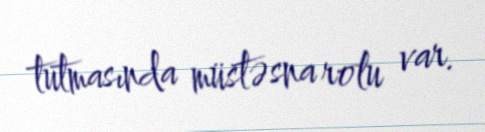
tutmasında müstəsna rolu var.